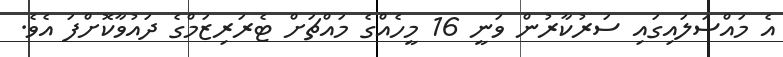
އެ މައްސަލައިގައި ސަރުކާރުން ވަނީ 16 މީހެއްގެ މައްޗަށް ޓެރަރިޒަމްގެ ދައުވާކޮށްފަ އެވެ.